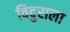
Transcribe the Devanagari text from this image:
विदुराला